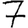
Digit: 7